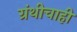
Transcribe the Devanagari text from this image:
ग्रंथीचाही